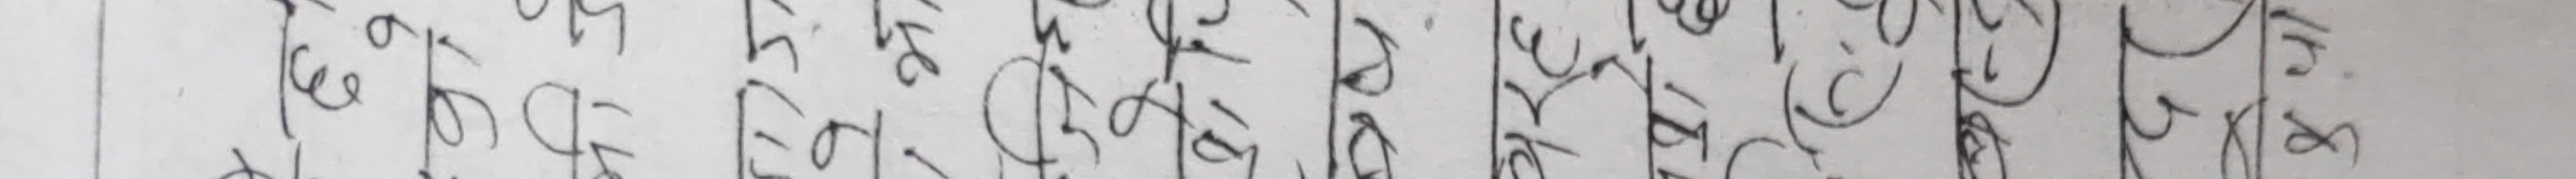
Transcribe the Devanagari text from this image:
मेरो लाईदीन